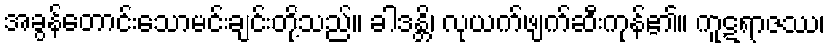
အခွန်တောင်းသောမင်းချင်းတို့သည်။ ခါဒန္တိ၊ လုယက်ဖျက်ဆီးကုန်၏။ ကူဋရာဇဿ၊